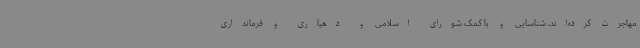
مهاجرت کرده‌اند، شناسایی و با کمک شورای اسلامی و دهیاری و فرمانداری